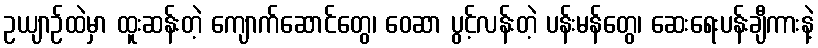
ဥယျာဉ်ထဲမှာ ထူးဆန်းတဲ့ ကျောက်ဆောင်တွေ၊ ဝေဆာ ပွင့်လန်းတဲ့ ပန်းမန်တွေ၊ ဆေးရေးပန်းချီကားနဲ့